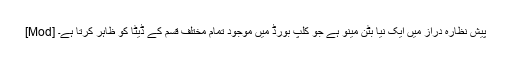
[Mod] پیش نظارہ دراز میں ایک نیا بٹن مینو ہے جو کلپ بورڈ میں موجود تمام مختلف قسم کے ڈیٹا کو ظاہر کرتا ہے۔